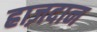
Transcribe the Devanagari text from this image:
ह्राज़दान